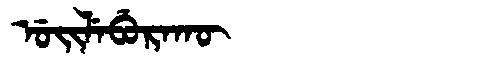
Manchu: ᡠᡳᠯᡝᠪᡠᡵᠠᡴᡡ
Romanization: UILEBURAKŪ